Scottish Leaving Certificate Examination, 1959
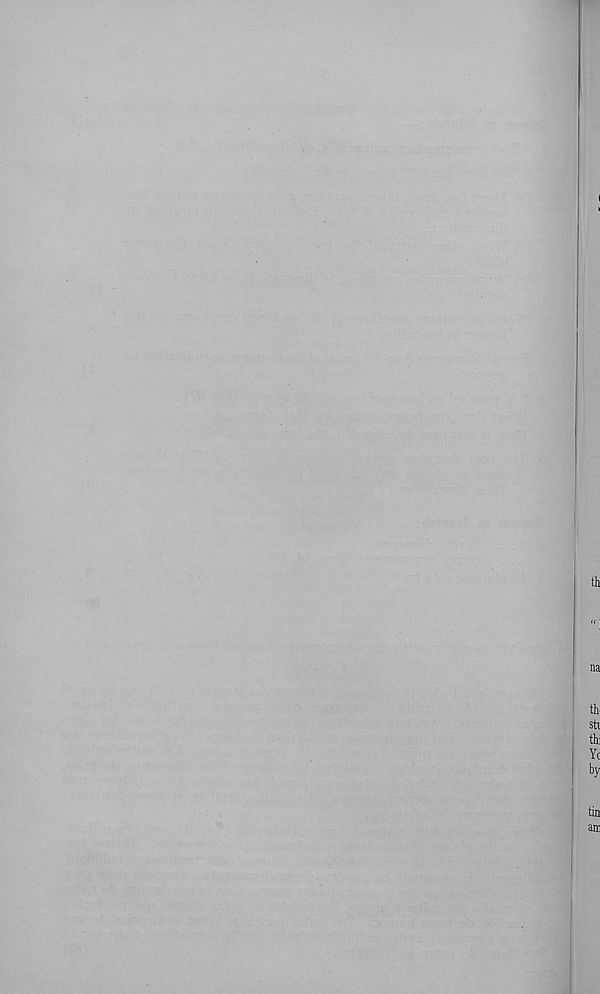
I
th
na
th.
str
thi
Yc
b y
tin
am